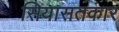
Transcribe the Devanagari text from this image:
सियासतकार